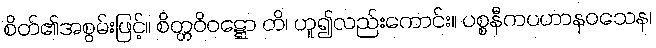
စိတ်၏အစွမ်းဖြင့်။ စိတ္တဝိဝဋ္ဋော တိ၊ ဟူ၍လည်းကောင်း။ ပစ္စနီကပဟာနဝသေန၊